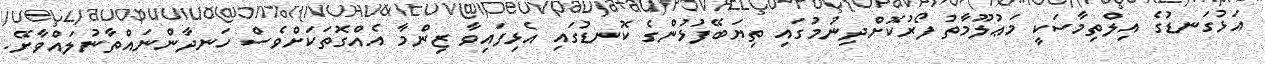
އަޅުގަނޑުގެ އިލްތިމާސަކީ މަޢުލޫމާތު ފޯރުކޮށްދިނުމުގައި ތިޔަބޭފުޅުންގެ ކޮނޑުގައި އެޅިފައިވާ ޒިންމާ އެއްގޮތަކަށްވެސް ހަނދާންނައްތާނުލައްވާށޭ.